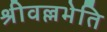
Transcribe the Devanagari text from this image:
श्रीवल्लभेति